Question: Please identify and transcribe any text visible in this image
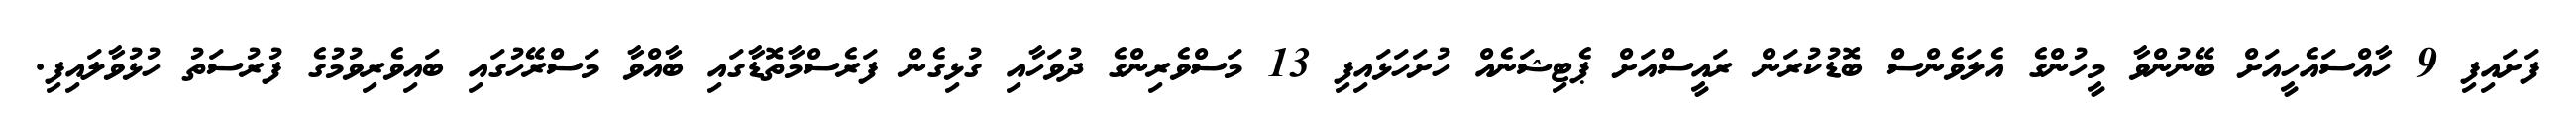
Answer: ފަށައިފި 9 ހާއްސައެހީއަށް ބޭނުންވާ މީހުންގެ އެލަވެންސް ބޮޑުކުރަން ރައީސްއަށް ޕެޓިޝަނެއް ހުށަހަޅައިފި 13 މަސްވެރިންގެ ދުވަހާއި ގުޅިގެން ފަރެސްމާތޮޑާގައި ބާއްވާ މަސްރޭހުގައި ބައިވެރިވުމުގެ ފުރުސަތު ހުޅުވާލައިފި.